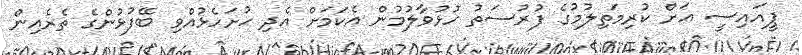
ޕީއައިސީ އަށް ކުރިމަތިލުމުގެ ފުރުސަތު ހުޅުވާލުމުން އެކަމަށް އެދި ހުށަހެޅުއްވި ބޭފުޅުންގެ ތެރެއިން